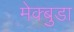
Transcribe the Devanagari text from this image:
मेक्बुडा